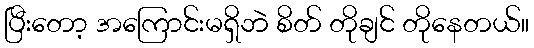
ပြီးတော့ အကြောင်းမရှိဘဲ စိတ် တိုချင် တိုနေတယ်။